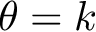
\theta = k